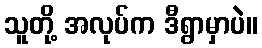
သူတို့ အလုပ်က ဒီရွာမှာပဲ။